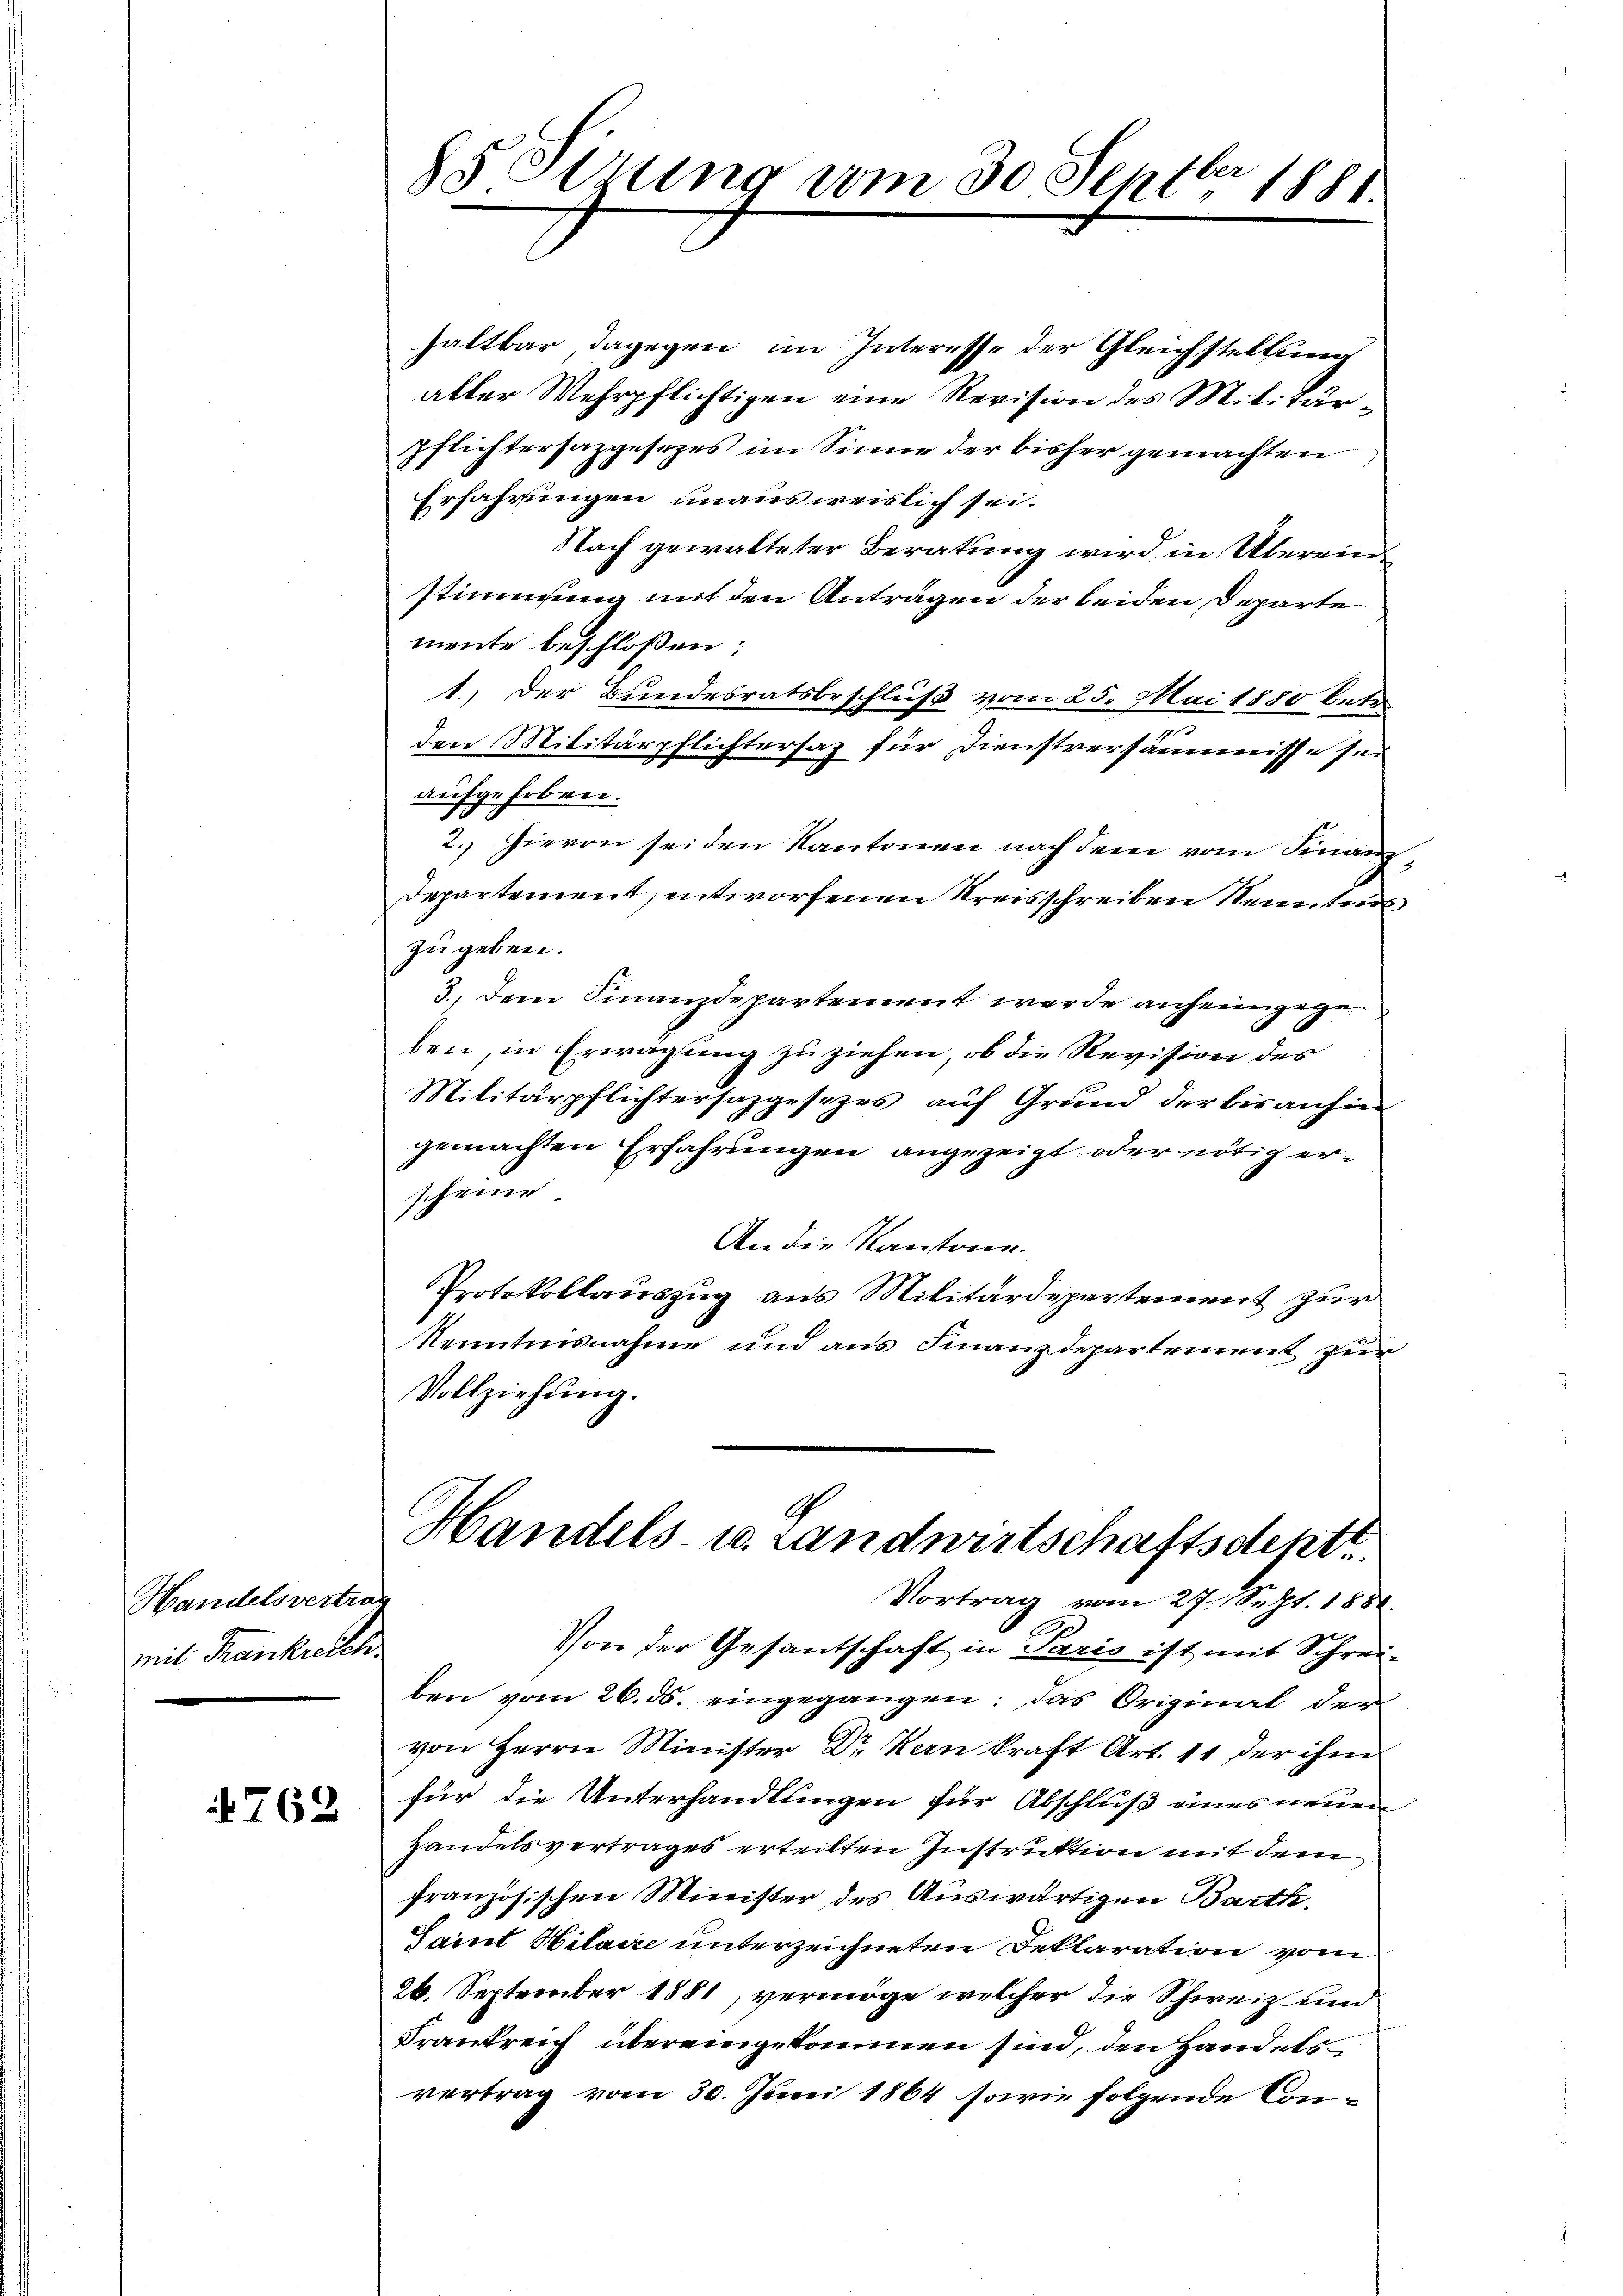
Handelsvertra
mit Frankreich.

762

haltbar dagegen im Interesse der Gleichstellung
aller Wehrpflichtigen eine Revision des Militärpflichtersazgesezes im Sinne der bisher gemachten
Erfahrungen unausweislich sei.
Nach gewalteter Beratung wird in Übereinstimmung mit den Anträgen der beiden Departe
mente beschlossen:
1.) Der Bundesratsbeschluß vom 25. Mai 1880 betr.
den Militärpflichtersaz für Dienstversäumnisse sei
aufgehoben.
2. Hievon sei den Kantonen nach dem vom Finanz¬
Departement, entworfenen Kreisschreiben Kenntnis
zu geben.
3., dem Finanzdepartement werde anheimgegen
ben, in Erwägung zu ziehen, ob die Revision des
Militärpflichtersazgesezes auf Grund der bisanhin
gemachten Erfahrungen angezeigt oder nötig erscheine.
An die Kantonen.
Protokollauszug aus Militärdepartement zur
Kenntnisnahme und aus Finanzdepartement zur
Vollziehung.
Handels- u. Landwirtschaftsdeptt

s Oering vom 30 Septbr 1881.

Vortrag vom 27. Sept. 1888.
Von der Gesantschaft in Paris ist mit Schrei¬

ben vom 26. ds. eingegangen: das Original der
von Herrn Minister Dr. Kern kraft Art. 11 der ihm
für die Unterhandlungen für Abschluß eines neuen
Handelsvertrages erteilten Instruktion mit dem
französischen Minister des Auswärtigen Barth¬
Saint Hilaire unterzeichneten Deklaration vom
26. September 1881, vermöge welcher die Schweiz und
Krankreich übereingekommen sind, den Handelsvertrag vom 30. Juni 1864 sowie folgende Con¬